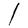
Character: l